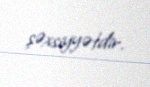
şəxsiyyətdir.